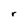
Character: r